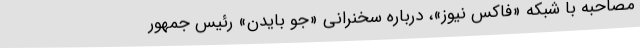
مصاحبه‌ با شبکه «فاکس نیوز»، درباره سخنرانی «جو بایدن» رئیس جمهور